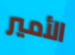
الأمير